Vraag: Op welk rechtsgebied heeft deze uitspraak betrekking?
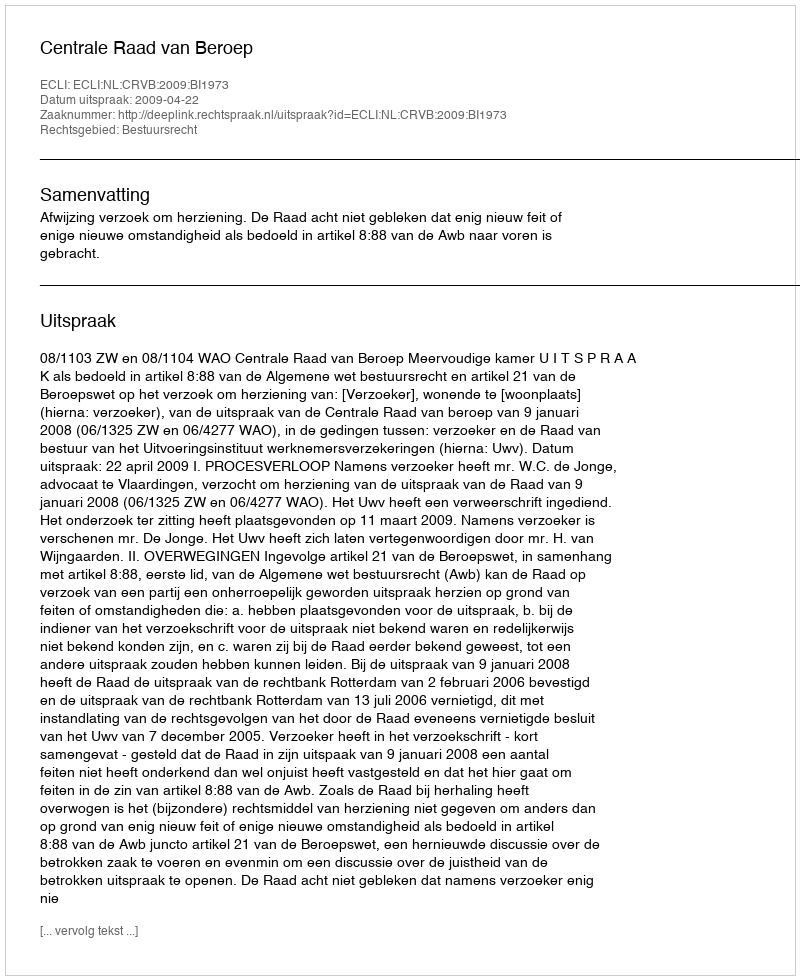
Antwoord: Bestuursrecht